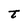
Character: t